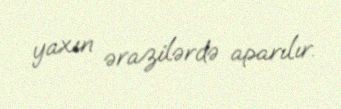
yaxın ərazilərdə aparılır.